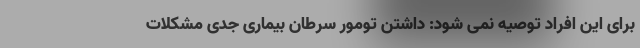
برای این افراد توصیه نمی شود: داشتن تومور سرطان بیماری جدی مشکلات